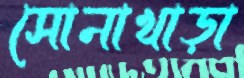
সোনাখাড়া